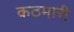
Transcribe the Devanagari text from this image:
कठमारी